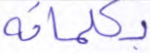
بكلماته